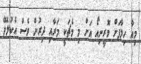
މިއާ ހިލާފަށް މޮރީނިއޯ އަށް މި މެޗަކީ މަރާއި ދިރުން ވެސް އެކުލެވޭ